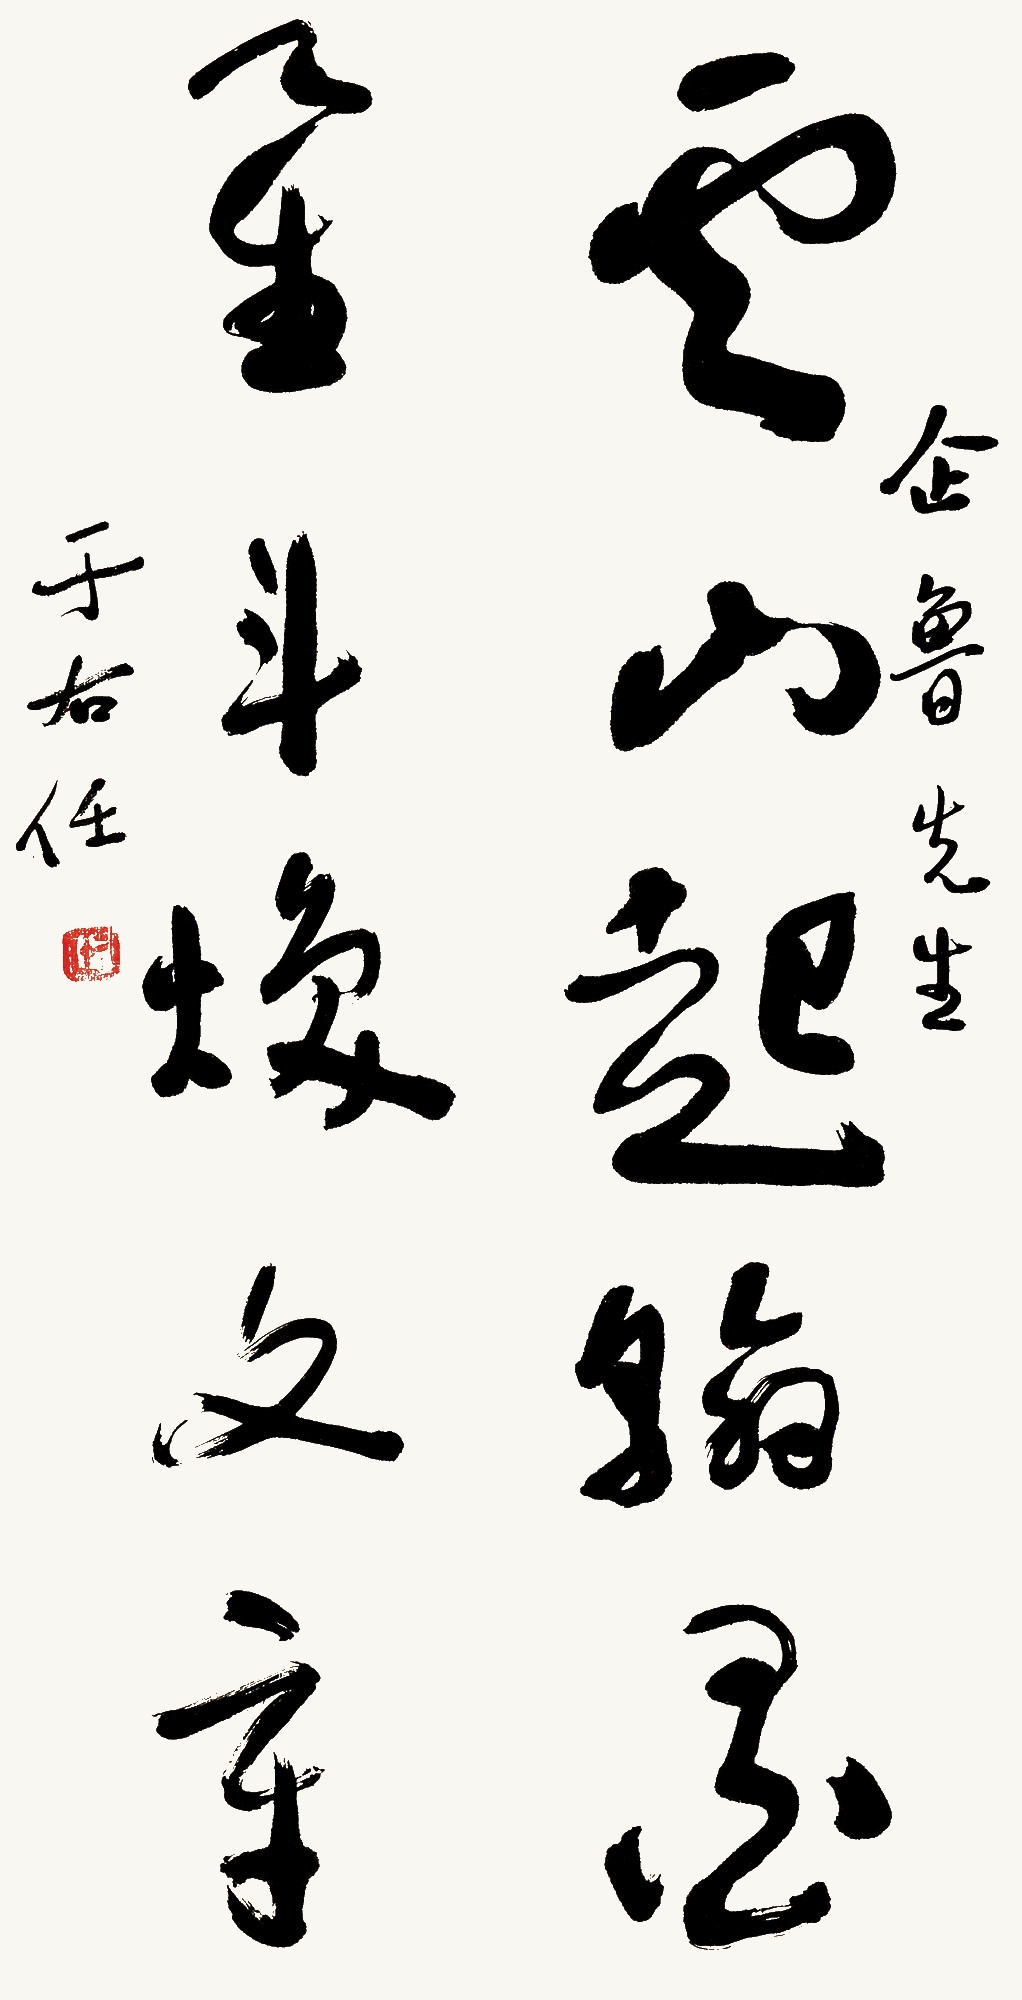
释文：云山起翰墨，星斗焕文章。企鲁先生，于右任。